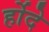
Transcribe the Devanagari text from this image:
र्होदे